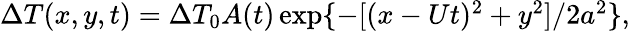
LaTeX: \begin{array}{r}{\Delta T(x,y,t)=\Delta T_{0}A(t)\exp\{ -[(x-Ut)^{2}+y^{2}]/2a^{2}\} ,}\end{array}